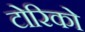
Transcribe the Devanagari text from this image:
टोरिको